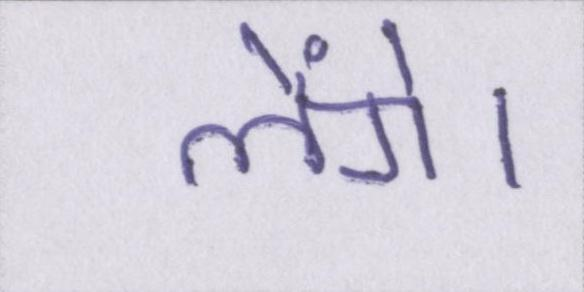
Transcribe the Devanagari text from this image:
लेंगे।